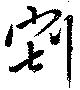
割